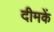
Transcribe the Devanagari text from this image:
दीमकें